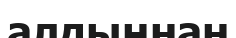
алдыңнан